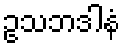
ဥသဘဒါနံ